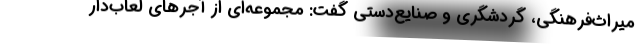
میراث‌فرهنگی، گردشگری و صنایع‌دستی گفت: مجموعه‌ای از آجرهای لعاب‌دار